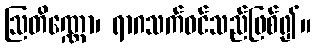
ဩတိဏ္ဏော၊ ရာဂသက်ဝင်သည်ဖြစ်၍။